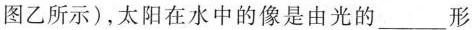
图乙所示)，太阳在水中的像是由光的___形